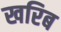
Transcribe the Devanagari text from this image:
खरिब